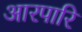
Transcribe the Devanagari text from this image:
आरपारि